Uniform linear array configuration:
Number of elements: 4
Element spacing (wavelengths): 0.5
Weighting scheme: hamming
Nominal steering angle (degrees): -30
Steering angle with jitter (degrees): -31.75
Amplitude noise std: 0.05
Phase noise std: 0.05

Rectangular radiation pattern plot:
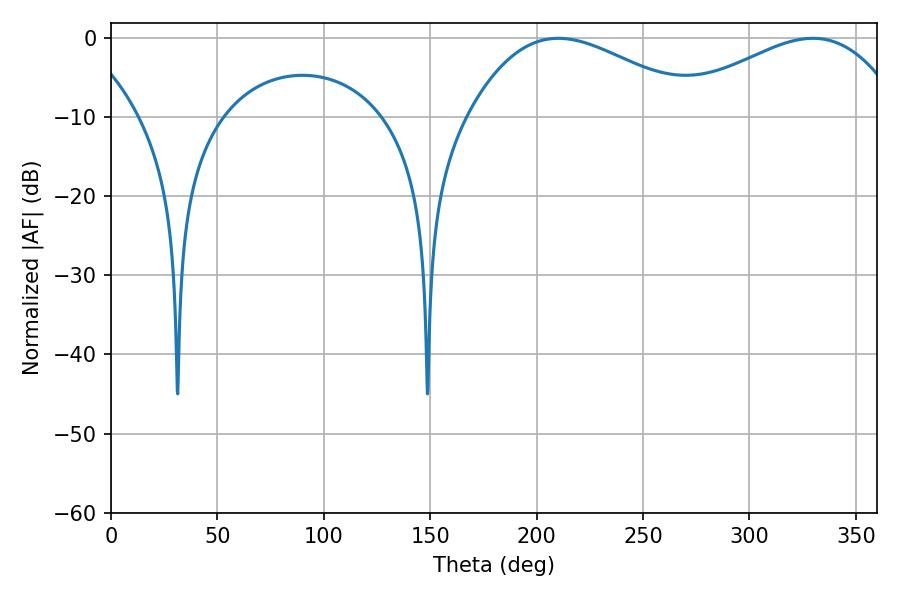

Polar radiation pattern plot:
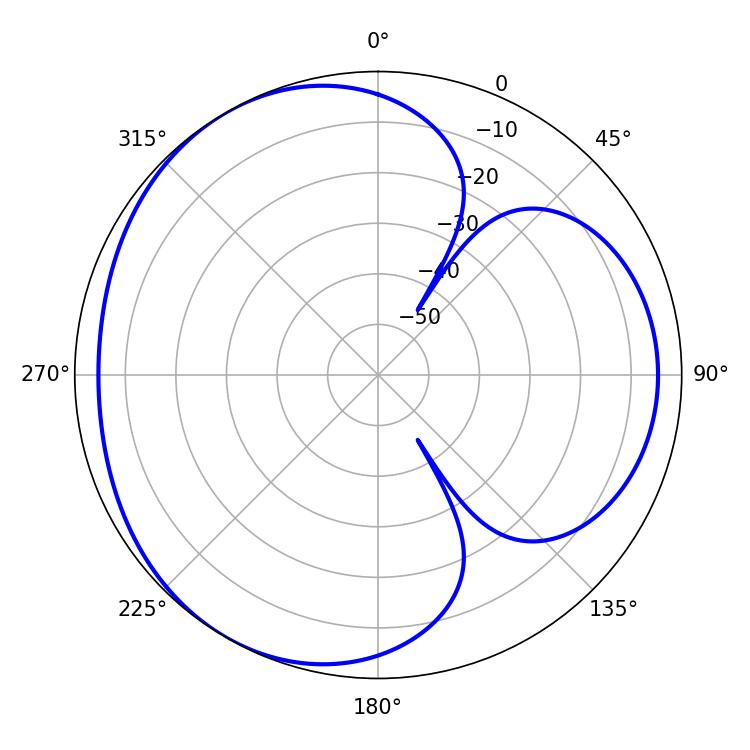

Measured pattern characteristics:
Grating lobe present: FALSE
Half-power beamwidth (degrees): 59.4
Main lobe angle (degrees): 210.24